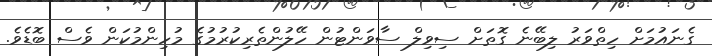
ގެނައުމަށް ހިތްވަރު ލިބޭނެ ގޮތަށް ސިވިލް ސާވަންޓުން ހޭލުންތެރިކުރުމުގެ މުހިންމުކަން ވެސް ބޮޑެވެ.